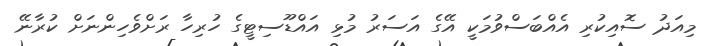
މިއަދު ސޮއިކުރި އެއްބަސްވުމަކީ އޭގެ އަސަރު މުޅި އައްޑޫސިޓީގެ ހުރިހާ ރަށްވެހިންނަށް ކުރާނޭ